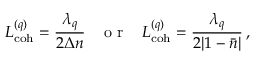
L _ { \mathrm { c o h } } ^ { ( q ) } = \frac { \lambda _ { q } } { 2 \Delta n } \; \; \; \textrm { o r } \; \; \; L _ { \mathrm { c o h } } ^ { ( q ) } = \frac { \lambda _ { q } } { 2 | 1 - \bar { n } | } \, ,